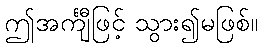
ဤအင်္ကျီဖြင့် သွား၍မဖြစ်။